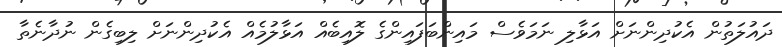
ދައުލަތުން އެކުދިންނަށް އަޅާލި ނަމަވެސް މައިންބަފައިންގެ ލޮއިބެއް އަޅާލުމެއް އެކުދިންނަށް ލިބިގެން ނުދާނެތާ